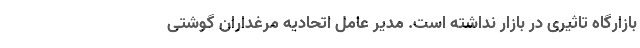
بازارگاه تاثیری در بازار نداشته است. مدیر عامل اتحادیه مرغداران گوشتی